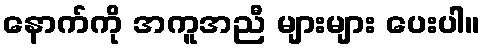
နောက်ကို အကူအညီ များများ ပေးပါ။